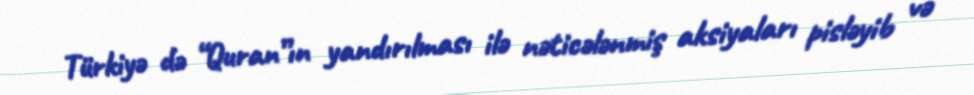
Türkiyə də “Quran”ın yandırılması ilə nəticələnmiş aksiyaları pisləyib və